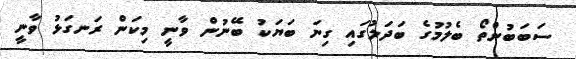
ސަބަބުންތޯ ބެލުމުގެ ބަދަލުގައި ގިނަ ބަޔަކު ބޭނުން ވާނީ މިކަން ރަނގަޅު ވާނީ